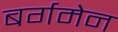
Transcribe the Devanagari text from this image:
बर्गमेन